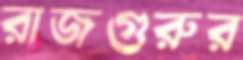
রাজগুরুর